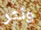
ونتر